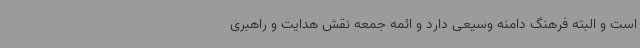
است و البته فرهنگ دامنه وسیعی دارد و ائمه جمعه نقش هدایت و راهبری